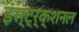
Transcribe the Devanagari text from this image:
इंस्ट्र्क्शनल